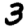
Digit: 3